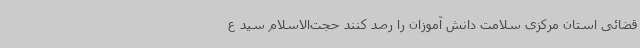
قضائی استان مرکزی سلامت دانش آموزان را رصد کنند حجت‌الاسلام سید ع